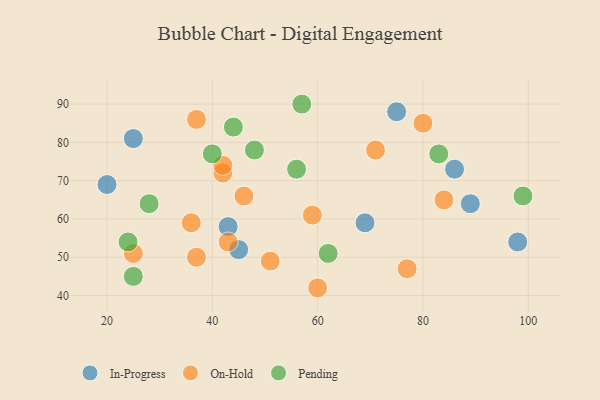
{"axis": {"x": "GDP", "y": "Life Expectancy"}, "legend": ["In-Progress", "On-Hold", "Pending"], "data": [{"x": "69", "y": 59, "type": "In-Progress"}, {"x": "43", "y": 58, "type": "In-Progress"}, {"x": "89", "y": 64, "type": "In-Progress"}, {"x": "25", "y": 81, "type": "In-Progress"}, {"x": "20", "y": 69, "type": "In-Progress"}, {"x": "75", "y": 88, "type": "In-Progress"}, {"x": "98", "y": 54, "type": "In-Progress"}, {"x": "86", "y": 73, "type": "In-Progress"}, {"x": "45", "y": 52, "type": "In-Progress"}, {"x": "42", "y": 72, "type": "On-Hold"}, {"x": "46", "y": 66, "type": "On-Hold"}, {"x": "59", "y": 61, "type": "On-Hold"}, {"x": "51", "y": 49, "type": "On-Hold"}, {"x": "42", "y": 74, "type": "On-Hold"}, {"x": "43", "y": 54, "type": "On-Hold"}, {"x": "71", "y": 78, "type": "On-Hold"}, {"x": "37", "y": 86, "type": "On-Hold"}, {"x": "25", "y": 51, "type": "On-Hold"}, {"x": "60", "y": 42, "type": "On-Hold"}, {"x": "36", "y": 59, "type": "On-Hold"}, {"x": "84", "y": 65, "type": "On-Hold"}, {"x": "80", "y": 85, "type": "On-Hold"}, {"x": "77", "y": 47, "type": "On-Hold"}, {"x": "37", "y": 50, "type": "On-Hold"}, {"x": "48", "y": 78, "type": "Pending"}, {"x": "44", "y": 84, "type": "Pending"}, {"x": "24", "y": 54, "type": "Pending"}, {"x": "56", "y": 73, "type": "Pending"}, {"x": "28", "y": 64, "type": "Pending"}, {"x": "25", "y": 45, "type": "Pending"}, {"x": "57", "y": 90, "type": "Pending"}, {"x": "40", "y": 77, "type": "Pending"}, {"x": "62", "y": 51, "type": "Pending"}, {"x": "99", "y": 66, "type": "Pending"}, {"x": "83", "y": 77, "type": "Pending"}]}